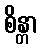
စိန္တာ